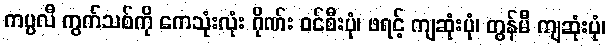
ကပ္ပလီ ကွက်သစ်ကို ကေသုံးလုံး ဂိုဏ်း ဝင်စီးပုံ၊ ဖရင့် ကျဆုံးပုံ၊ တွန်မီ ကျဆုံးပုံ၊